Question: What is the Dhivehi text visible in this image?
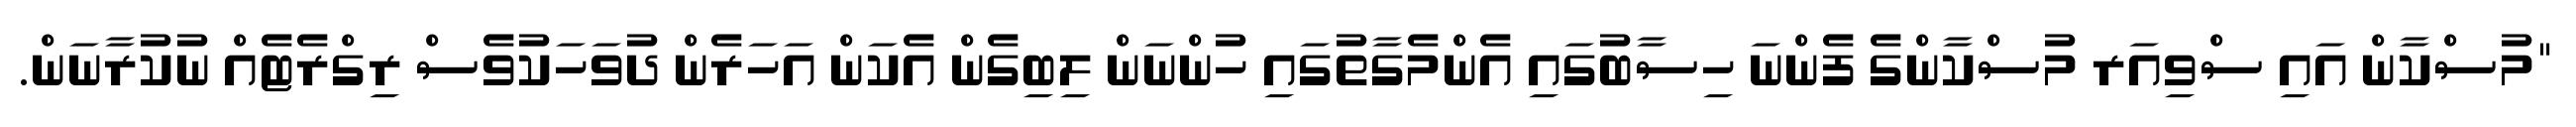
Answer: "މުސްކާން އައި ސްވިއަރ މުސްކާންގެ ފެންނަ ހިސާބުގައި އެންމެގާތުގައި ހުންނަން ލިބިގެން އެކަން އަހަރެން ދުވަހަކުވެސް ރިގްރެޓެއް ނުކުރާނަން.